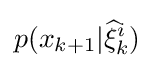
p(x_{k+1}|{\widehat {\xi }}_{k}^{i})